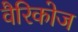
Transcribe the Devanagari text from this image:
वैरिकोज